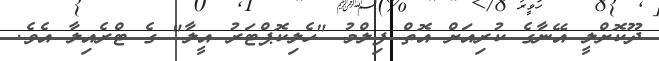
ދޫކޮށްލީ އޭނާގެ ކުރިއަށް އޮތް ފިލްމު "ހެލިކޮޕްޓަރު އީލާ" ގެ ޓްރެއިލާ އެވެ.